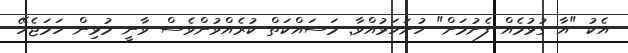
އެކު "އާ ގުޅުމެއް ފެށުމަށް" ހުށަހަޅުއްވާ